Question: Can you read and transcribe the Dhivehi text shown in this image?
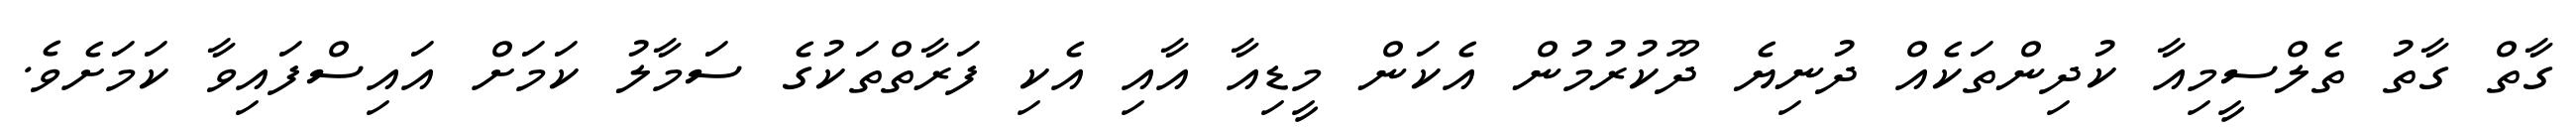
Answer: ގާތް ގާތު ތެލްސީމިއާ ކުދިންތަކެއް ދުނިޔެ ދޫކުރުމުން އެކަން މީޑިއާ އާއި އެކި ފަރާތްތަކުގެ ސަމާލު ކަމަށް އައިސްފައިވާ ކަމަށެވެ.